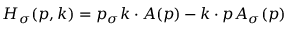
H _ { \sigma } ( p , k ) = p _ { \sigma } k \cdot A ( p ) - k \cdot p A _ { \sigma } ( p )